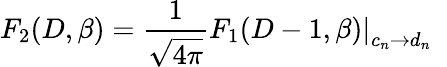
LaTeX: F_{2}(D,\beta)={\frac{1}{\sqrt{4\pi}}}\left.F_{1}(D-1,\beta)\right|_{c_{n}\rightarrow d_{n}}~~